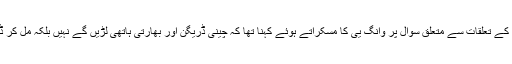
چین اور بھارت کے تعلقات سے متعلق سوال پر وانگ یی کا مسکراتے ہوئے کہنا تھا کہ چینی ڈریگن اور بھارتی ہاتھی لڑیں گے نہیں بلکہ مل کر ڈانس کریں گے ۔